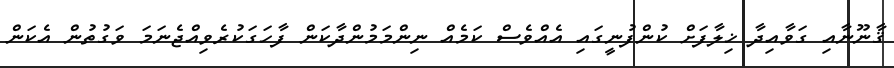
ޤާނޫނާއި ގަވާއިދާ ޚިލާފަށް ކުންފުނީގައި އެއްވެސް ކަމެއް ނިންމަމުންދާކަން ފާހަގަކުރެވިއްޖެނަމަ ވަގުތުން އެކަން